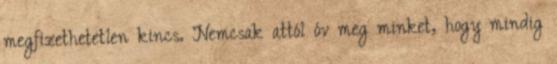
megfizethetetlen kincs. Nemcsak attól óv meg minket, hogy mindig